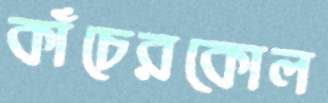
কাঁচেরকোল